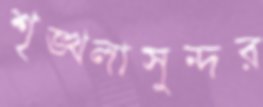
শৃঙ্খলাসুন্দর